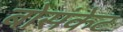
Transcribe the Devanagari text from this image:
बोसंकेट